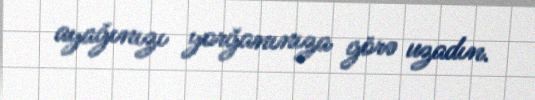
ayağınızı yorğanınıza görə uzadın.